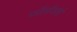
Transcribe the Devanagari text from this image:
फॉलोअर्स